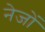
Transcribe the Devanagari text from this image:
नेजों